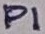
Text: P1